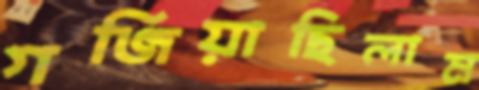
গর্জিয়াছিলাম